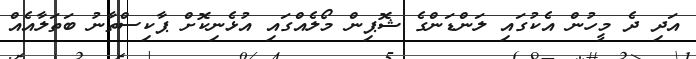
އަދި ދެ މީހުން އެކުގައި ލަންޑަންގެ ޝޮޕިން މޯލެއްގައި އުޅެނިކޮށް ޕާކިސްތާނު ބަތަލާއެއް